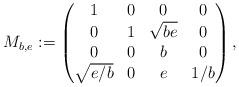
LaTeX: \begin{align*}M_{b,e}:=\begin{pmatrix}1&0&0&0\\0&1&\sqrt{be}&0\\0&0&b&0\\\sqrt{e/b}&0&e&1/b\end{pmatrix}, \end{align*}